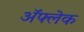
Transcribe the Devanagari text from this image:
अॅफ्लेक